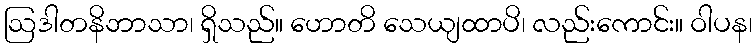
ဩဒါတနိဘာသာ၊ ရှိသည်။ ဟောတိ သေယျထာပိ၊ လည်းကောင်း။ ဝါပန၊